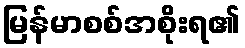
မြန်မာစစ်အစိုးရ၏